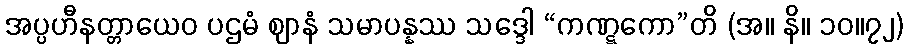
အပ္ပဟီနတ္တာယေဝ ပဌမံ ဈာနံ သမာပန္နဿ သဒ္ဒေါ “ကဏ္ဋကော”တိ (အ။ နိ။ ၁၀။၇၂)